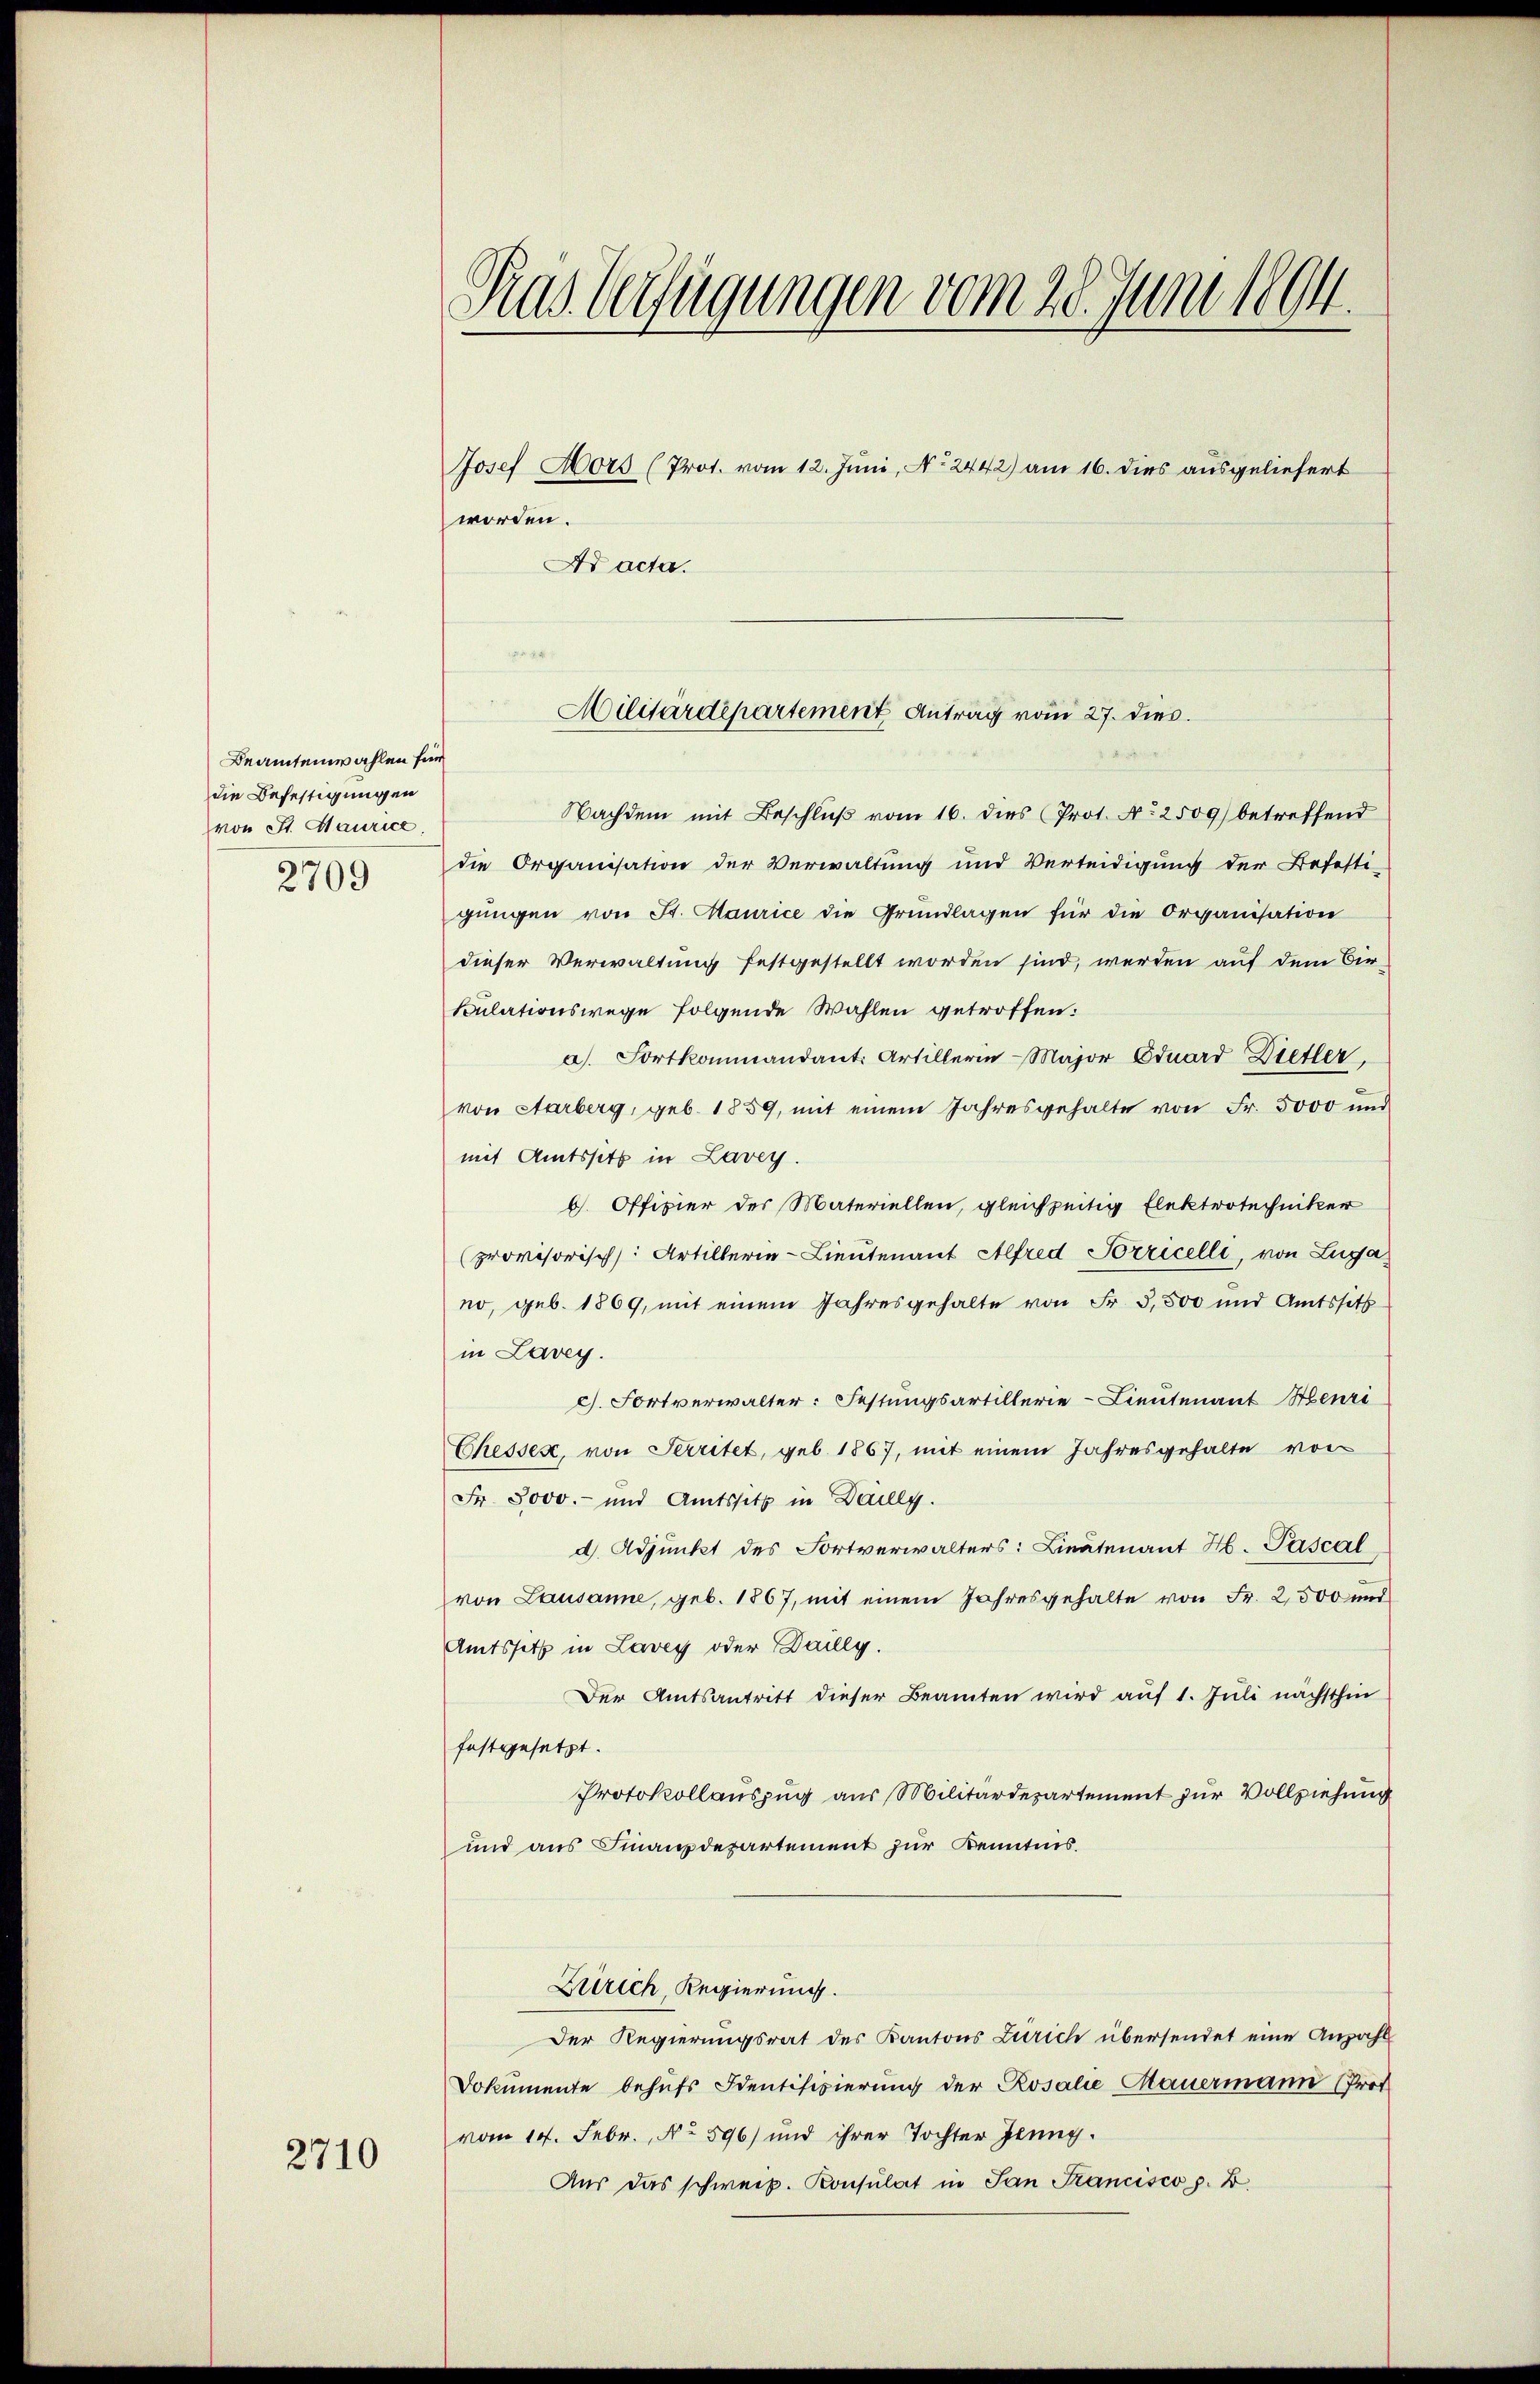
Beamtenwahlen sind
die Befestigungen
von St. Maurice
2709

2710

Ras Verfügungen vom 28. Juni 1894.

Josef Mors (Prot. vom 12. Juni, No 2442) am 16. dies ausgeliefert
worden.
Ar acta.

Nachdem mit Beschluß vom 16. dies (Prot. No 2509) betreffend
die Organisation der Verwaltung und Verteidigung der Befesti-
gungen von St. Maurice die Grundlagen für die Organisation
dieser Verwaltung festgestellt worden sind, werden auf dem Bir-
Sulationswege folgende Wahlen getroffen:
a). Fortkommandant. Artillerie-Major Eduard Dietler
von Aarberg, geb. 1859, mit einem Jahresgehalte von Fr. 5000 und
mit Amtssitz in Lavey.
b. Offizier der Materiellen, gleichzeitig Elektrotechniker
(provisorischs: Artillerin-Lieutenant Alfred Porricelli, von Luga
no, geb. 1869, mit einem Jahresgehalte von Fr. 3,500 und Amtssitz
in Lavey.
c). Fortverwalter: Festungsartillerie-Lieutenant Henri
Chessen, von Serritet, geb. 1867, mit einem Jahresgehalte vor
Fr. 5000.- und Amtssitz in Dailly.
d. Adjunkt des Fortverwalters: Lieutenant H. Pascal
von Lausanne, geb. 1867, mit einem Jahresgehalte von Fr. 2500 und
Amtssitz in Lavey oder Dailly.
Der Amtsantritt dieser Beamten wird auf 1. Juli nächsthin
festgesetzt.
Protokollauszug aus Militärdepartement zur Vollziehung
und aus Finanzdepartement zur Kenntnis.
Zürich Regierung.
Der Regierungsrat des Kantons Zürich übersendet eine Anzahl
Dokumente behufs Identifizierung der Rosalie Mauermann (Prof
vom 14. Febr., No 596) und ihrer Tochter Jung.
Aus das schweiz. Konsulat in San Francisco z. B.

we
Militärdepartement Antrag vom 27. dies